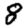
Digit: 8